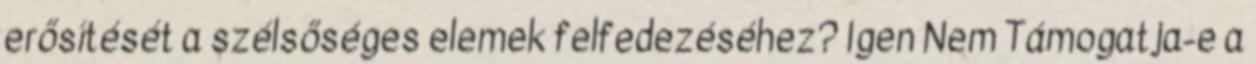
erősítését a szélsőséges elemek felfedezéséhez? Igen Nem Támogatja-e a